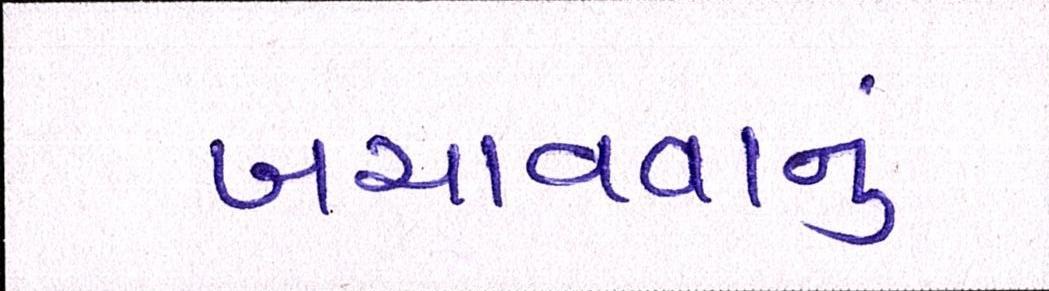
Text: બચાવવાનું